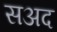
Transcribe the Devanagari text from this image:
सअद